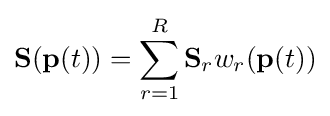
\mathbf {S} (\mathbf {p} (t))=\sum _{r=1}^{R}\mathbf {S} _{r}w_{r}(\mathbf {p} (t))